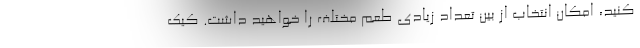
کنید، امکان انتخاب از بین تعداد زیادی طعم مختلف را خواهید داشت. کیک